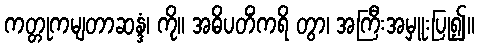
ကတ္တုကမျတာဆန္ဒံ၊ ကို။ အဓိပတိံကရိ တွာ၊ အကြီးအမှူးပြု၍။